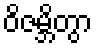
ဝိဇမ္ဘိတွာ